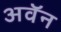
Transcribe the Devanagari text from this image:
अवॅन